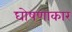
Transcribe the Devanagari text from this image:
घोषणाकार